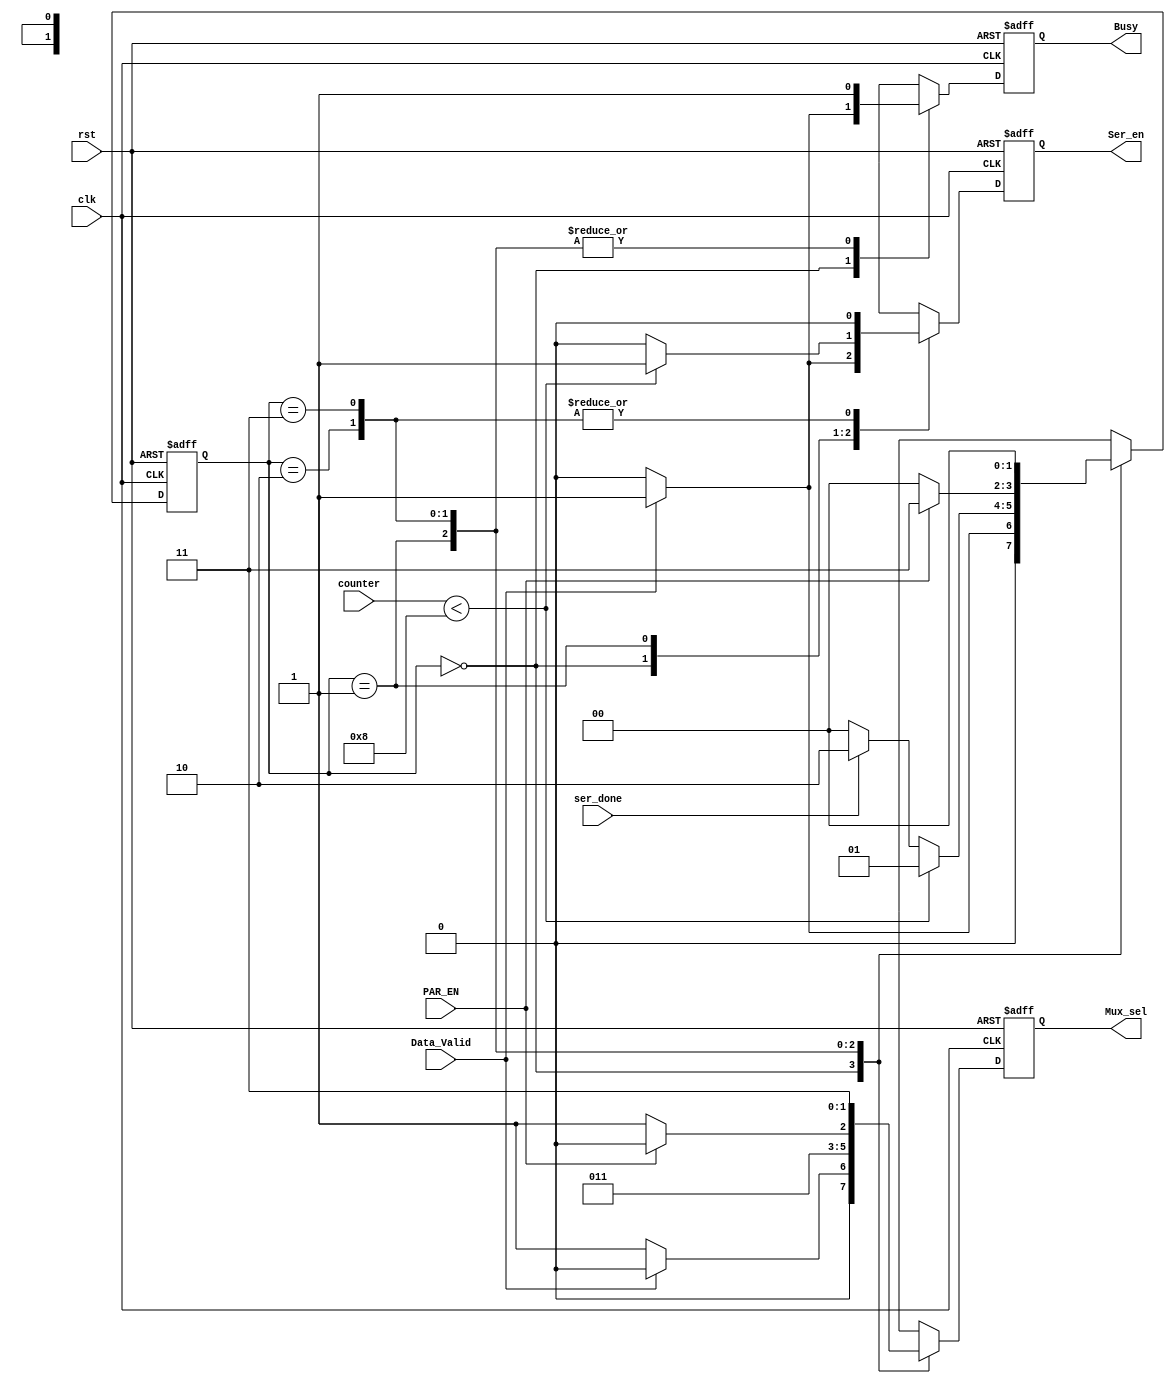
module FSM(
input            Data_Valid,
input            PAR_EN,
input            ser_done,
input      [3:0] counter,
input            clk,
input            rst,
output reg       Ser_en,
output reg [1:0] Mux_sel,
output reg       Busy
);
localparam IDLE_State = 2'b00,
           Data_Valid_State=2'b01,
           Parity_State=2'b10,
           stop_State=2'b11;
          
reg [1:0] current_state,next_state,mux_sel; 
reg       ser_en,busy; 

always @(posedge clk or negedge rst)
 begin
   if(!rst)
   begin  
     current_state<=IDLE_State;
     Ser_en <= 1'b0;
     Mux_sel<= 2'b0;
     Busy   <= 1'b0;
   end
   else
   begin  
     current_state<=next_state;
     Ser_en <= ser_en;
     Mux_sel<= mux_sel;
     Busy   <= busy;
   end
 end  

always @(*)
begin
  case(current_state)
   IDLE_State:begin
     if(Data_Valid)
     begin
       next_state=Data_Valid_State;
       busy=1'b1;
       mux_sel=2'b00;
       ser_en=1'b1;
     end
     else
     begin
       next_state=IDLE_State;
       busy=1'b0;
       mux_sel=2'b01;
       ser_en=1'b0;
     end
   end
   Data_Valid_State:begin
     if(counter < 4'b1000)
     begin
       next_state=Data_Valid_State;
       busy=1'b1;
       mux_sel=2'b01;
       ser_en=1'b1;
     end
     else if(ser_done)
     begin
       next_state=Parity_State;
       busy=1'b1;
       mux_sel=2'b01;
       ser_en=1'b0;
     end
     else
     begin
       next_state=IDLE_State;
       busy=1'b1;
       mux_sel=2'b01;
       ser_en=1'b0;
     end 
   end
   Parity_State:begin
     if(PAR_EN)
     begin
       next_state=stop_State;
       busy=1'b1;
       mux_sel=2'b10;
       ser_en=1'b0;
     end
     else
     begin
       next_state=IDLE_State;
       busy=1'b1;
       mux_sel=2'b11;
       ser_en=1'b0;
     end
   end
   stop_State:begin
      next_state=IDLE_State;
      busy=1'b1;
      mux_sel=2'b11;
      ser_en=1'b0;
   end
   
 endcase
end






        

endmodule